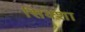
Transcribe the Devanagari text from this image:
सिक्शा